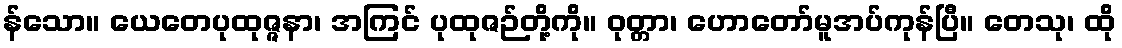
န်သော။ ယေတေပုထုဇ္ဇနာ၊ အကြင် ပုထုဇဉ်တို့ကို။ ဝုတ္တာ၊ ဟောတော်မူအပ်ကုန်ပြီ။ တေသု၊ ထို